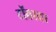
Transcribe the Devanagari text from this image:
टॉवरवर